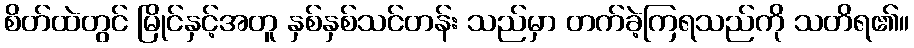
စိတ်ထဲတွင် မြိုင်နှင့်အတူ နှစ်နှစ်သင်တန်း သည်မှာ တက်ခဲ့ကြရသည်ကို သတိရ၏။